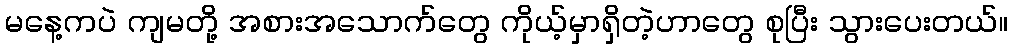
မနေ့ကပဲ ကျမတို့ အစားအသောက်တွေ ကိုယ့်မှာရှိတဲ့ဟာတွေ စုပြီး သွားပေးတယ်။